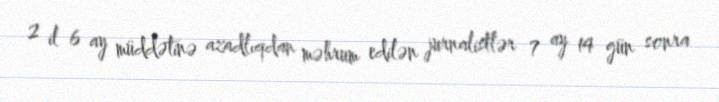
2 il 6 ay müddətinə azadlıqdan məhrum edilən jurnalistlər 7 ay 14 gün sonra